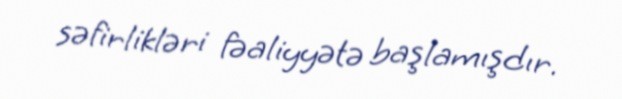
səfirlikləri fəaliyyətə başlamışdır.